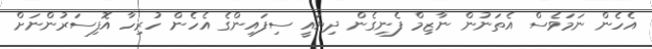
އެހެން ނަމަވެސް އެތަނުން ނާޒިމް ފެނިގެން ދިޔައީ ސިފައިންގެ އެހެން ހުރިހާ އޮފިސަރުންނަށް